Juuru_vallavalitsus, lk 56
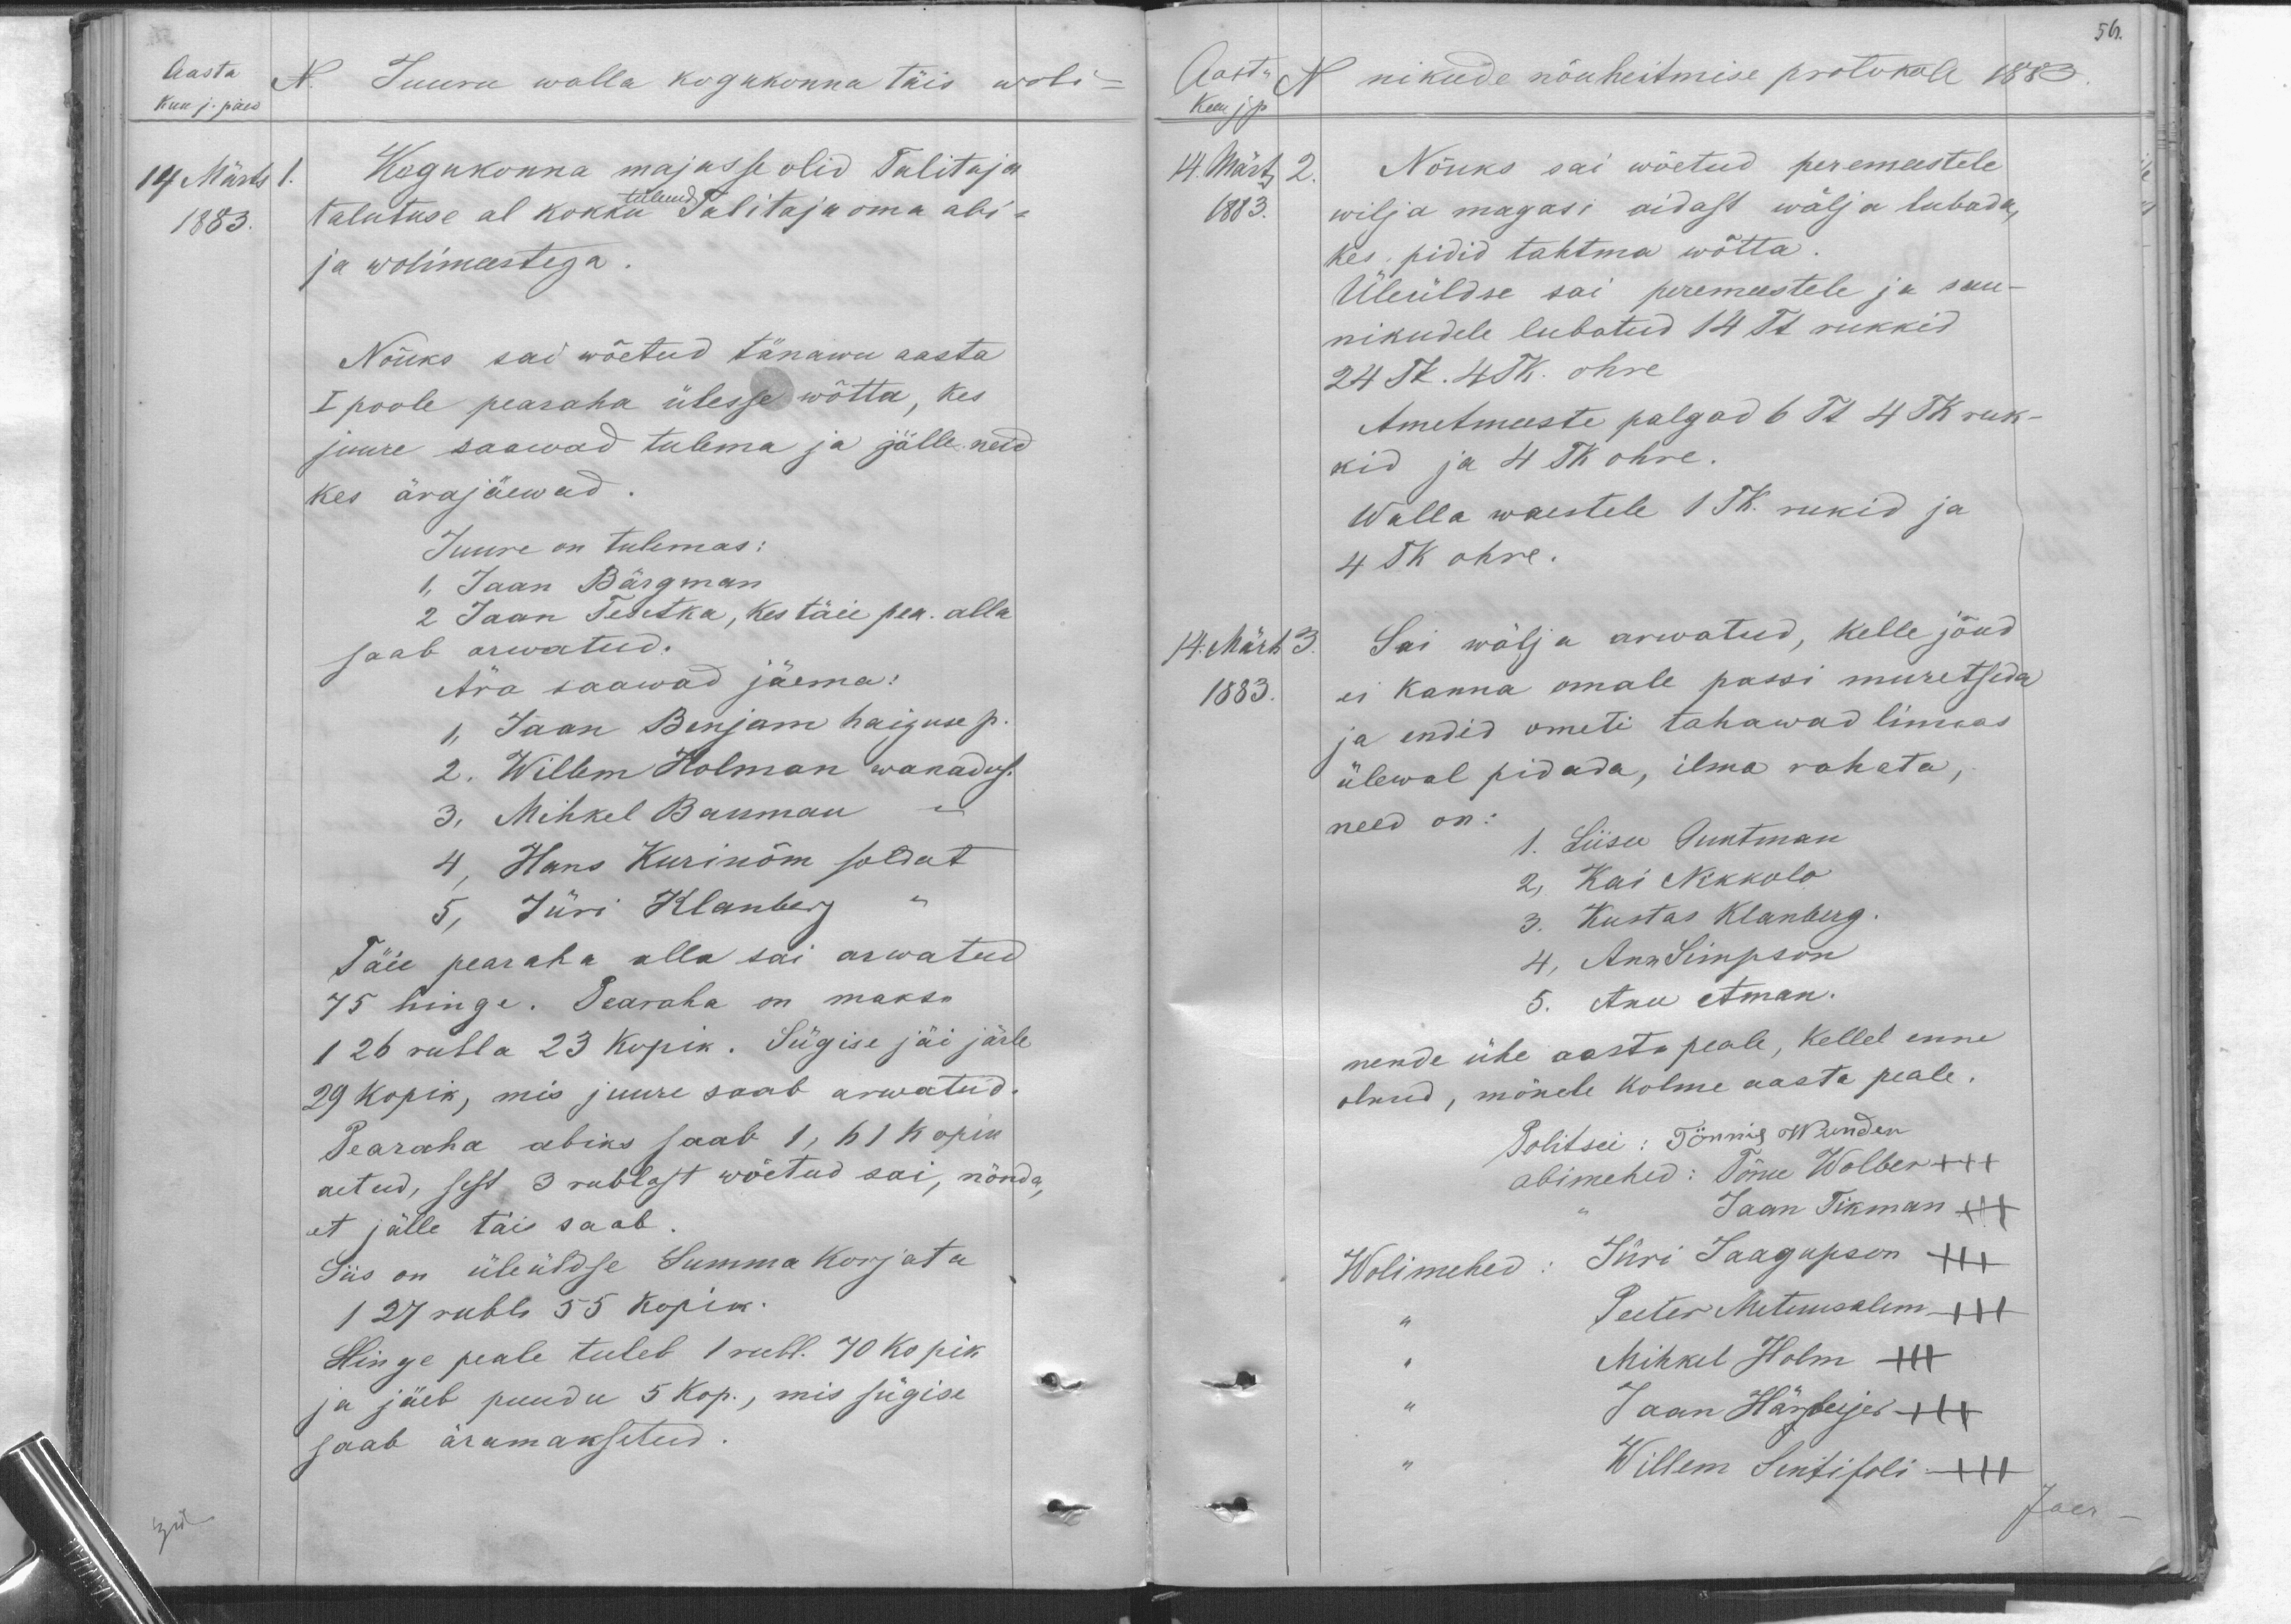
Aasta
Kuu j. päew
N. Juuru walla kogukonna täis woli
14 Märts 1.
1883.
Kogukonna majasse olid Talitaja
talutuse al kokku tulnud Talitaja oma abi-
ja wolimestega.
Nõuks sai wõetud tänawu aasta
I poole pearaha ülesse wõtta, kes
juure saawad tulema ja jälle neid
kes ärajäewad
Juure on tulemas:
1. Jaan Bärgan
2. Jaan Tesetka, kes täie pea. alla
saab arwatud.
Ära saawad jäema.
1, Jaan Benjam haiguse p.
2. Willem Holman wanadus.
3. Mihkel Bauman
4. Hans Kurinõm soldat
5. Jüri Klanberg
Täie pearaha olla sai arwatud
75 hinge. Pearaha on maksa
126 rubla 23 kopik. Sügise jäi järle
29 kopik, mis juure saab arwatud.
Pearaha abiks saab 1,61 kopik
aetud, sest 3 rublast wõetud sai, nõnda,
et jälle täie saab.
Siis on üleüldse Summa korjata
127 rubla 55 kopik.
Hinge peale tuleb 1 rubl. 70 kopik
ja jäeb puudu 5 kop., mis sügise
saab äramaksetud

56.
Aasta N nikude nõuheitmise protokoll 1883
Kuu ja p
14. Märts 2
1883.
Nõuks sai wõetud peremeestele
wilja magasi aidast wälja lubada,
kes pidid tahtma wõtta.
Üleüldse sai peremeestele ja sau-
nikudele lubatud 14 Tk rukkid
24 Tk. 4 TK. ohre
Ametmeeste palgad 6 Tk 4 TK ruk-
kid ja 4 TK ohre.
Walla waestele 1 TK. rukid ja
4 TK ohre.
14. Märts 3.
1883
Sai wälja arwatud, kelle jõud
ei kanna omale passi muretseda
ja endid ometi tahawad linnas
ülewal pidada, ilma rahata,
need on:
1. Liisu Guntman
2. Kai Nikkolo
3. Kustas Klanberg
4. Ann Simpson
5. Anu Aman.
nende ühe aasta peale, Kellel enne
olnud, mõnele kolme aasta peale.
Politsei: Tönnis Wunder
abimehed: Tõnu Wolber +++
Jaan Tikman
Wolimehed: Jüri Jaagupson
Peeter Metuusalem XXX
Mihkel Holm XXX
Jaan Härberjär XXX
Willem Instifoli XXX
fäes